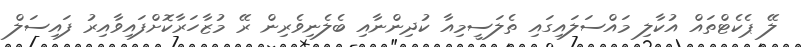
ލޭ ޕެކެޓްތައް އުކާލި މައްސަލައިގައި ތެލަސީމިއާ ކުދިންނާއި ބެލެނިވެރިން ރޭ މުޒާހަރާކޮށްފައިވާއިރު ފައިސަލް